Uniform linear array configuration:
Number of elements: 24
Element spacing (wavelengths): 0.5
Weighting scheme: exponential
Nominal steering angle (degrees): -15
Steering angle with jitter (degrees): -14.894
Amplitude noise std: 0.05
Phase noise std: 0.05

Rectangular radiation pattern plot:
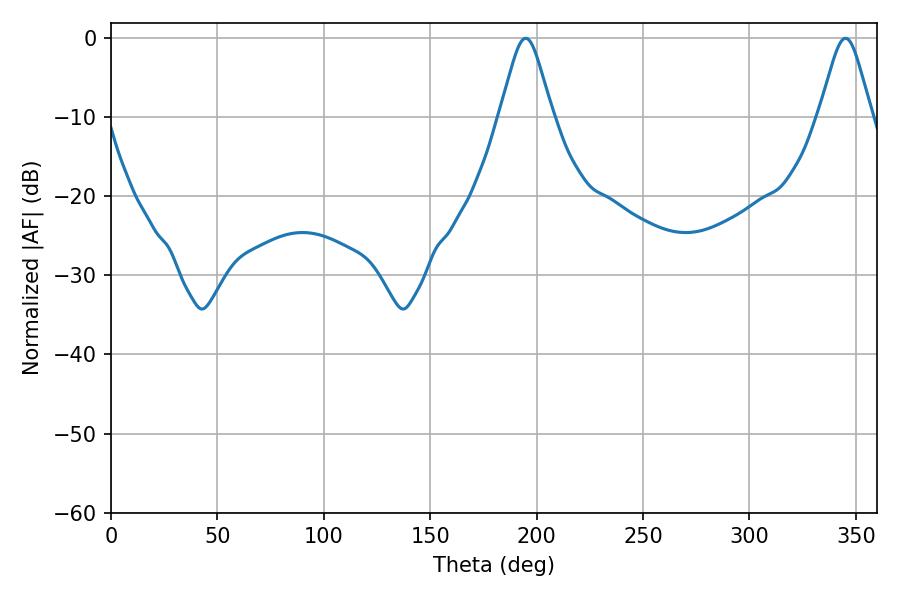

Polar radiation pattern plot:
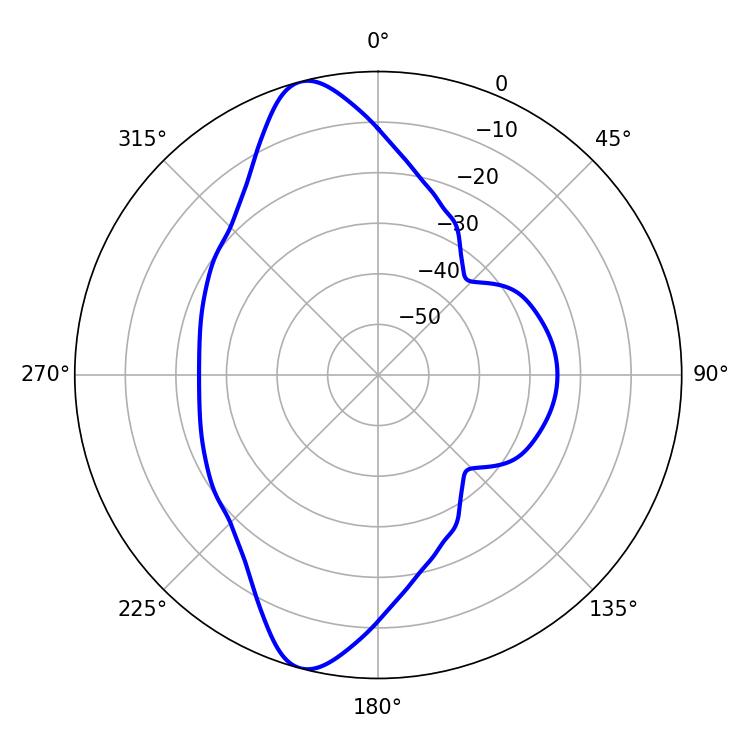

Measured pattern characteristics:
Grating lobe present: FALSE
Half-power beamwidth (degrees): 11.88
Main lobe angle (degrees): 345.06